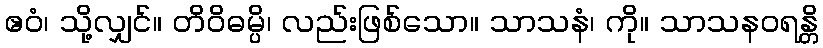
ဧဝံ၊ သို့လျှင်။ တိဝိဓမ္ပိ၊ လည်းဖြစ်သော။ သာသနံ၊ ကို။ သာသနဝရန္တိ